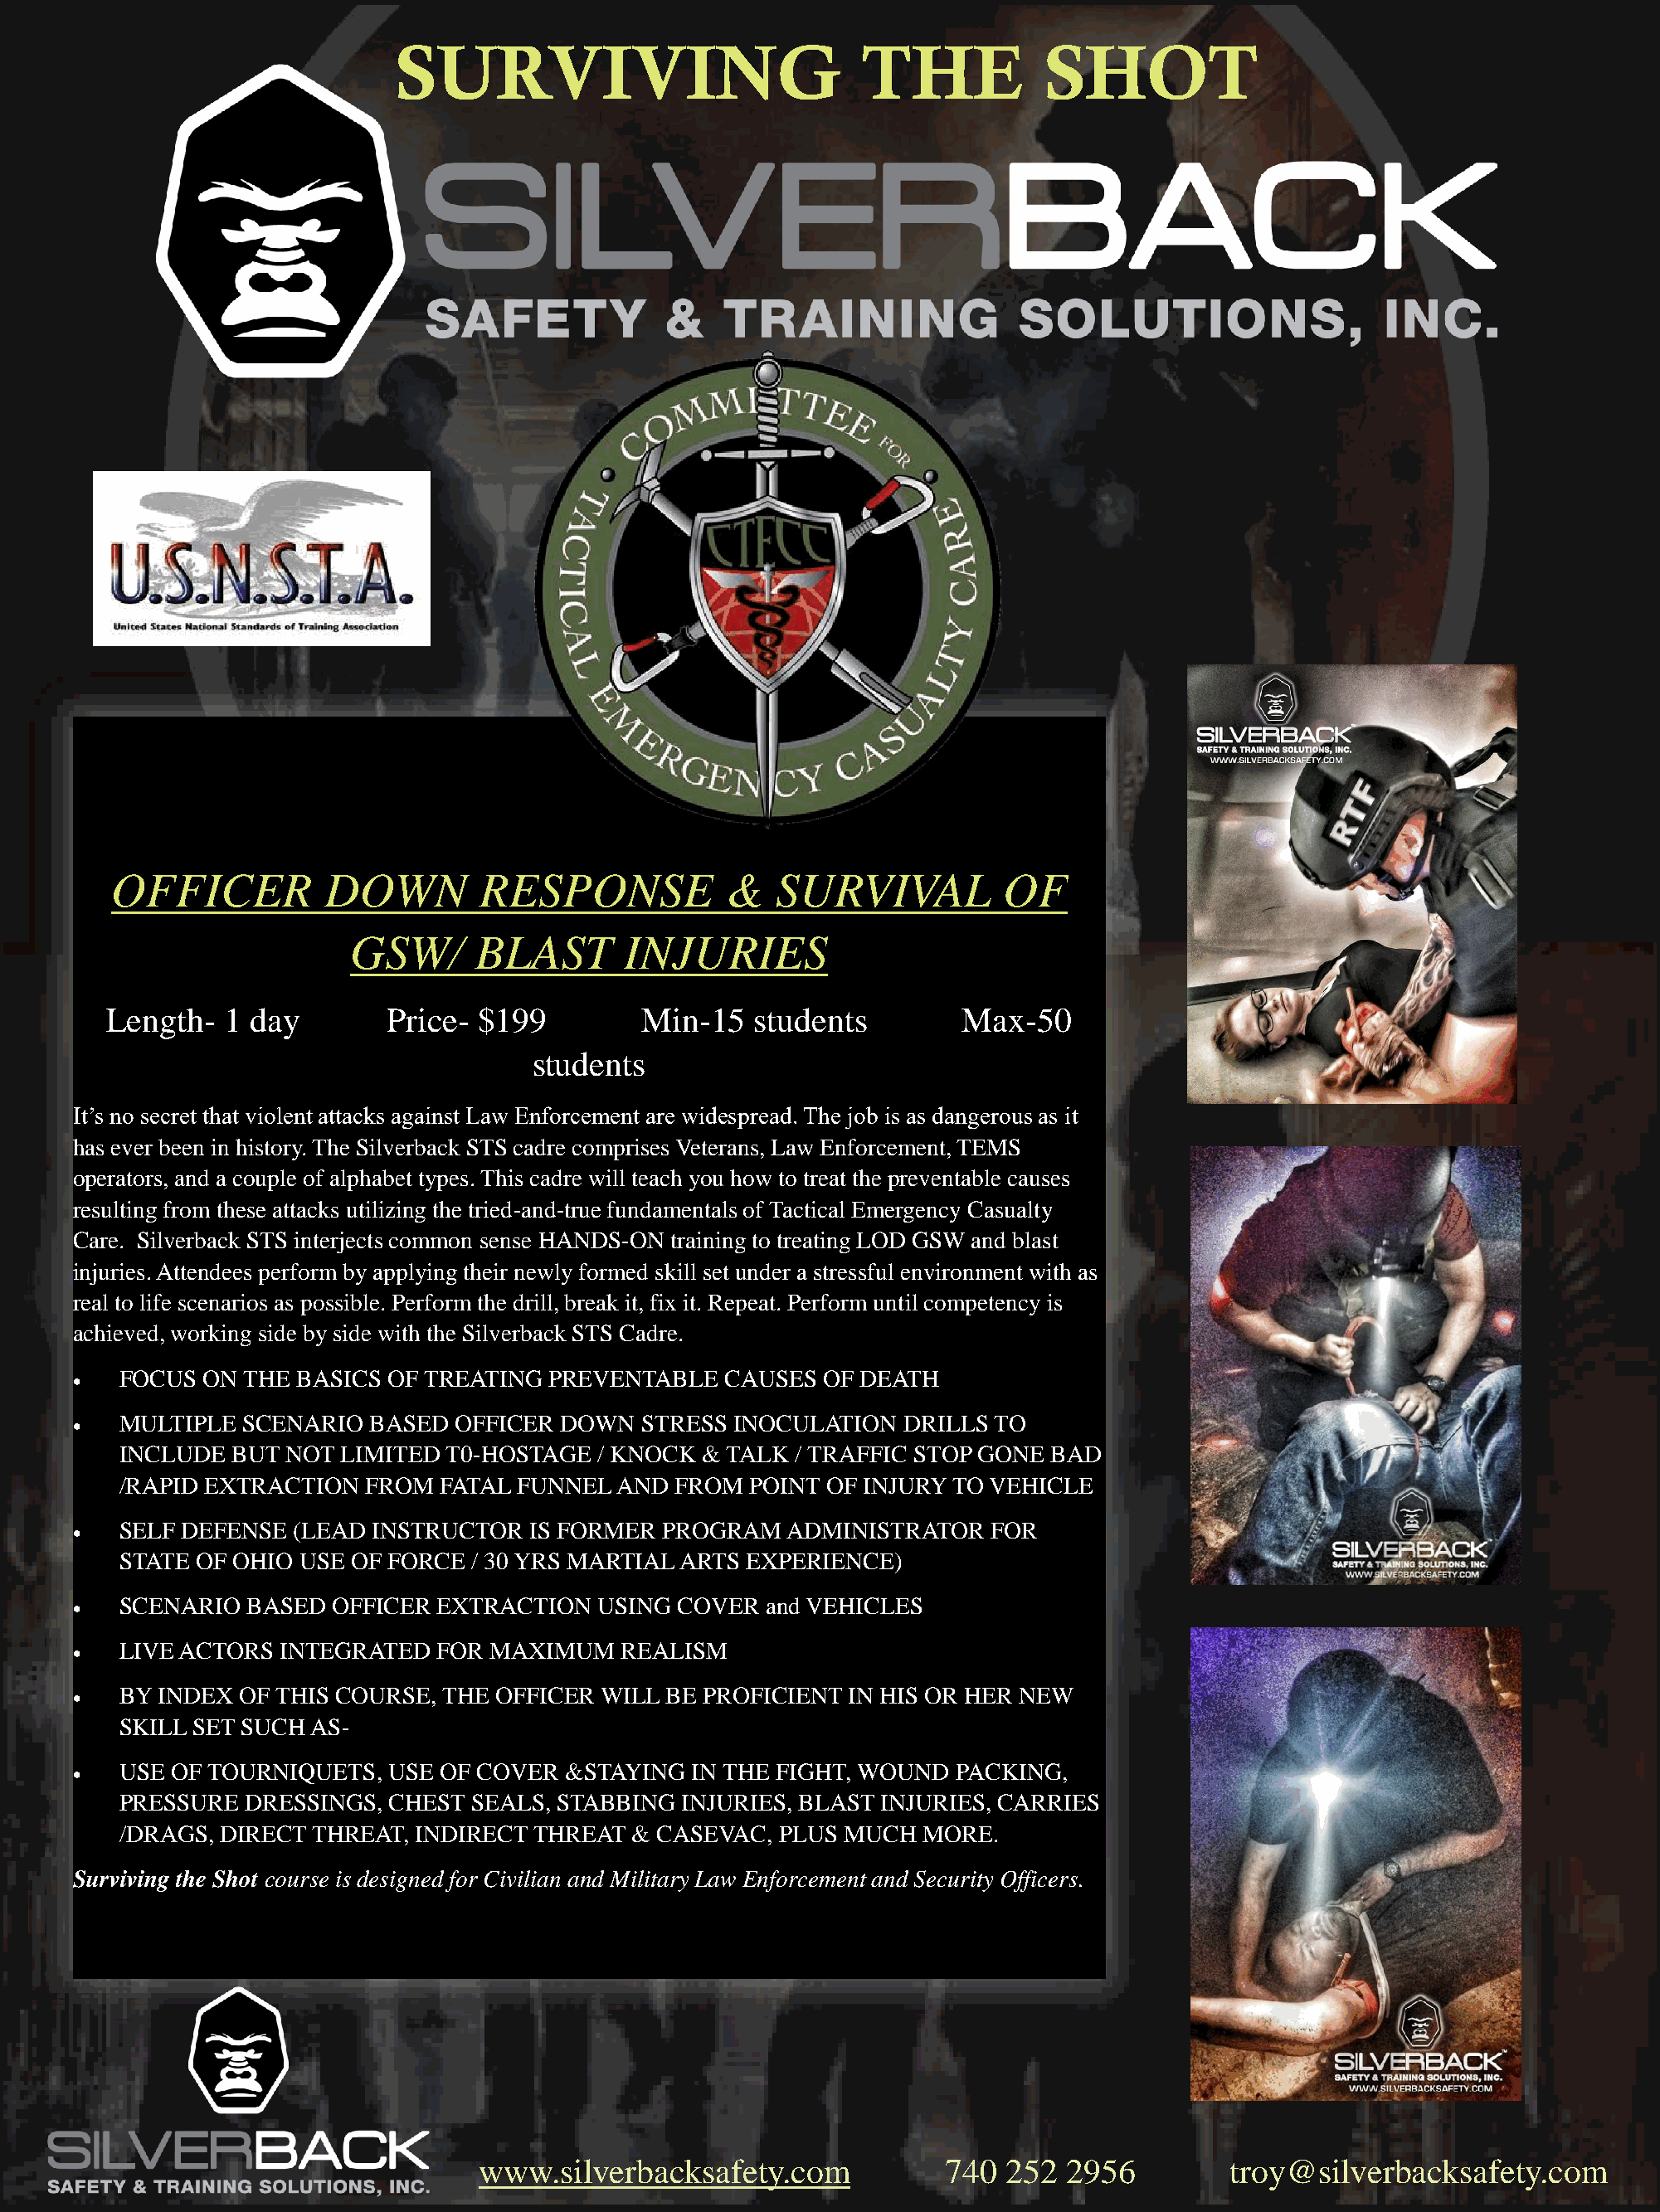
SURVIVING                             THE           SHOT
 OFFICER          DOWN        RESPONSE            &   SURVIVAL          OF
 GSW/      BLAST       INJURIES
 Length-   1 day        Price- $199         Min-15   students         Max-50
 students
 It’s no secret that violent attacks against Law Enforcement are widespread. The job is as dangerous as it
 has ever been in history. The Silverback STS cadre comprises Veterans, Law Enforcement, TEMS
 operators, and a couple of alphabet types. This cadre will teach you how to treat the preventable causes
 resulting from these attacks utilizing the tried-and-true fundamentals of Tactical Emergency Casualty
 Care. Silverback STS interjects common sense HANDS-ON training to treating LOD GSW and blast
 injuries. Attendees perform by applying their newly formed skill set under a stressful environment with as
 real to life scenarios as possible. Perform the drill, break it, fix it. Repeat. Perform until competency is
 achieved, working side by side with the Silverback STS Cadre.
 FOCUS ON THE  BASICS OF TREATING  PREVENTABLE   CAUSES  OF DEATH
 •
 MULTIPLE SCENARIO  BASED  OFFICER  DOWN  STRESS  INOCULATION  DRILLS TO
 •
 INCLUDE BUT  NOT LIMITED  T0-HOSTAGE  / KNOCK & TALK / TRAFFIC STOP GONE  BAD
 /RAPID EXTRACTION  FROM  FATAL FUNNEL  AND  FROM  POINT OF INJURY TO VEHICLE
 SELF DEFENSE (LEAD  INSTRUCTOR  IS FORMER  PROGRAM   ADMINISTRATOR   FOR
 •
 STATE OF OHIO USE OF FORCE  / 30 YRS MARTIAL ARTS EXPERIENCE)
 SCENARIO  BASED OFFICER  EXTRACTION   USING COVER  and VEHICLES
 •
 LIVE ACTORS INTEGRATED   FOR MAXIMUM    REALISM
 •
 BY INDEX OF THIS COURSE, THE  OFFICER WILL BE PROFICIENT  IN HIS OR HER NEW
 •
 SKILL SET SUCH AS-
 USE OF TOURNIQUETS,  USE OF COVER  &STAYING  IN THE FIGHT, WOUND  PACKING,
 •
 PRESSURE  DRESSINGS, CHEST  SEALS, STABBING INJURIES, BLAST INJURIES, CARRIES
 /DRAGS, DIRECT THREAT, INDIRECT  THREAT & CASEVAC,  PLUS MUCH   MORE.
 Surviving the Shot course is designed for Civilian and Military Law Enforcement and Security Officers.
 www.silverbacksafety.com             740  252  2956         troy@silverbacksafety.com